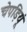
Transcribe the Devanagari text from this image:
चेपड़ियूं